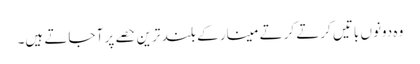
وہ دونوں باتیں کرتے کرتے مینار کے بلند ترین حصے پر آ جاتے ہیں۔